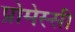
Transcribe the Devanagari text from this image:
प्रोमेस्सी